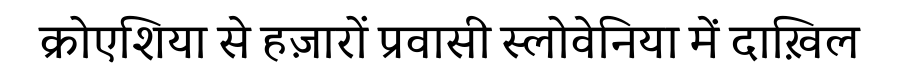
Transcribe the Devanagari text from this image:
क्रोएशिया से हज़ारों प्रवासी स्लोवेनिया में दाख़िल